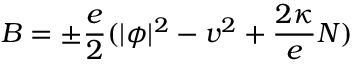
B = \pm \frac e 2 ( | \phi | ^ { 2 } - v ^ { 2 } + \frac { 2 \kappa } e N )